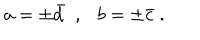
a = \pm \bar { d } \ \ , \ \ \ b = \pm \bar { c } \ .